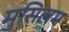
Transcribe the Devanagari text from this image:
मुसिलम